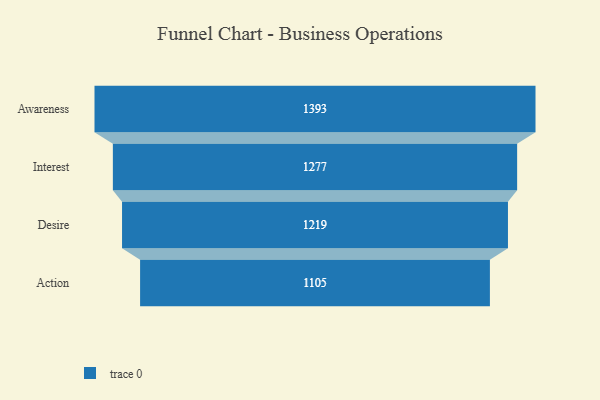
{"axis": {"x": "Stage", "y": "Value"}, "legend": [""], "data": [{"x": "Awareness", "y": 1393.0, "type": ""}, {"x": "Interest", "y": 1277.0, "type": ""}, {"x": "Desire", "y": 1219.0, "type": ""}, {"x": "Action", "y": 1105.0, "type": ""}]}